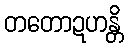
တတောဍဟန္တိ